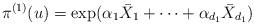
LaTeX: \begin{align*} \pi^{(1)}(u) = \exp (\alpha_1 \bar X_1+ \dots+ \alpha_{d_1}\bar X_{d_1})\end{align*}